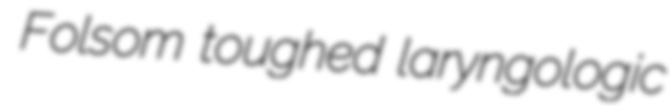
Folsom toughed laryngologic